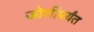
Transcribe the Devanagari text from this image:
जोशींपर्यंत